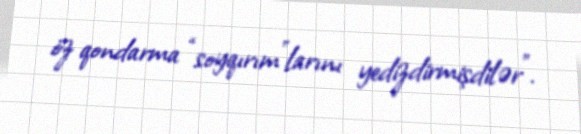
öz qondarma “soyqırım”larını yedizdirmişdilər”.